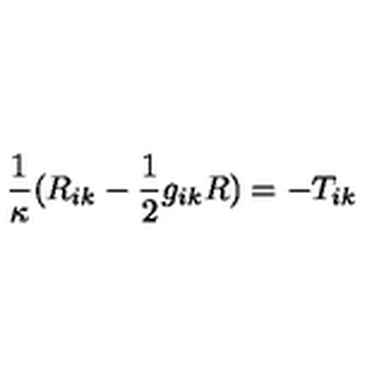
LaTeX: \frac 1 \kappa ( R _ { i k } - \frac 1 2 g _ { i k } R ) = - T _ { i k }